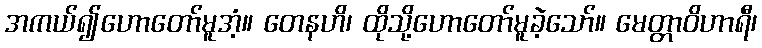
အကယ်၍ဟောတော်မူအံ့။ တေနဟိ၊ ထိုသို့ဟောတော်မူခဲ့သော်။ မေတ္တာဝိဟာရီ၊